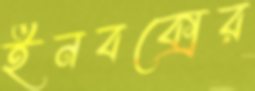
ইনবক্সের